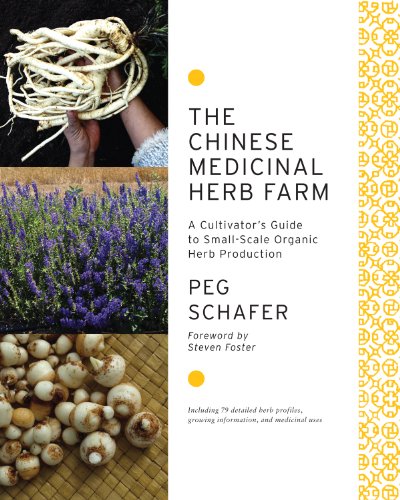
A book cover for The Chinese Medicinal Herb Farm: A Cultivator's Guide to Small-Scale Organic Herb Production; Peg Schafer; Crafts, Hobbies & Home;